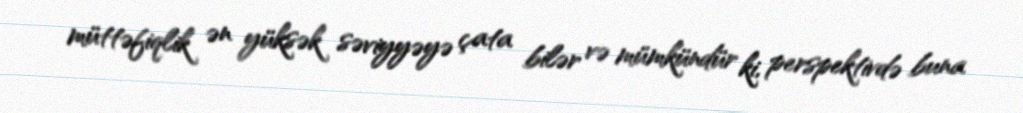
müttəfiqlik ən yüksək səviyyəyə çata bilər və mümkündür ki, perspektivdə buna